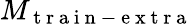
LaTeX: M_{\mathrm{~t~r~a~i~n~-~e~x~t~r~a~}}